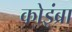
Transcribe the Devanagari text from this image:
कोइंब्रा